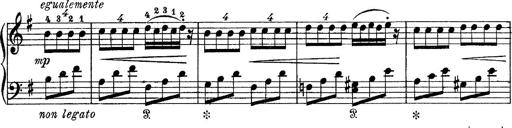
Title: Tarantelle di bravura dâ€™aprÃ¨s la tarantelle de La muette de Portici
Composer: Franz Liszt